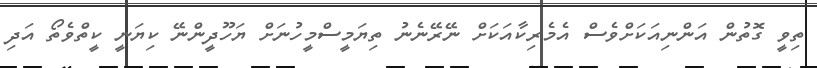
ތިވީ ގޮތުން އަންނިއަކަށްވެސް އެމެރިކާއަކަށް ނޭރޭނެނު ތިޔަމީސްމީހުނަށް ޔަހޫދީންނޭ ކިޔަނީ ކީތްވެތޯ އަދި